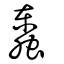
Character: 𧓕